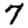
Digit: 7